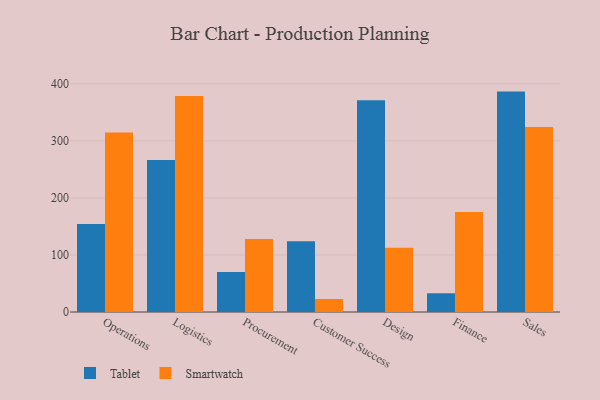
{"axis": {"x": "Department", "y": "Humidity (%)"}, "legend": ["Smartwatch", "Tablet"], "data": [{"x": "Operations", "y": 154.4, "type": "Tablet"}, {"x": "Operations", "y": 314.9, "type": "Smartwatch"}, {"x": "Logistics", "y": 266.5, "type": "Tablet"}, {"x": "Logistics", "y": 378.8, "type": "Smartwatch"}, {"x": "Procurement", "y": 70.3, "type": "Tablet"}, {"x": "Procurement", "y": 127.8, "type": "Smartwatch"}, {"x": "Customer Success", "y": 124.1, "type": "Tablet"}, {"x": "Customer Success", "y": 22.8, "type": "Smartwatch"}, {"x": "Design", "y": 371.2, "type": "Tablet"}, {"x": "Design", "y": 112.8, "type": "Smartwatch"}, {"x": "Finance", "y": 32.8, "type": "Tablet"}, {"x": "Finance", "y": 175.2, "type": "Smartwatch"}, {"x": "Sales", "y": 386.4, "type": "Tablet"}, {"x": "Sales", "y": 324.5, "type": "Smartwatch"}]}